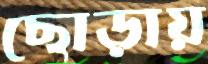
ছোড়ায়